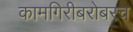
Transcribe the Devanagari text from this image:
कामगिरीबरोबरच